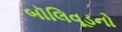
બૉલિવૂડનો